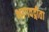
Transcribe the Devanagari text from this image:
भागवद्गीता